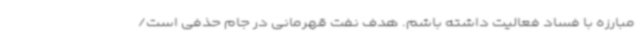
مبارزه با فساد فعالیت داشته باشم. هدف نفت قهرمانی در جام حذفی است/